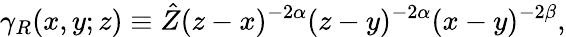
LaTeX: \gamma_{R}(x,y;z)\equiv\hat{Z}(z-x)^{-2\alpha}(z-y)^{-2\alpha}(x-y)^{-2\beta},